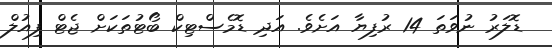
ޑޮލަރު ނުވަތަ 14 ރުފިޔާ އަށެވެ. އަދި ޑޮމެސްޓިކް ބޯޓުތަކަށް ޖެޓް ފިއުލް